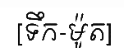
[ទឹក-ម៉ូត]